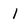
Character: 1